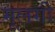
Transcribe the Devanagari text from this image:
मूलगी